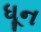
ધૂન